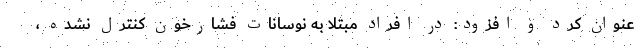
عنوان کرد و افزود: در افراد مبتلا به نوسانات فشارخون کنترل نشده ،